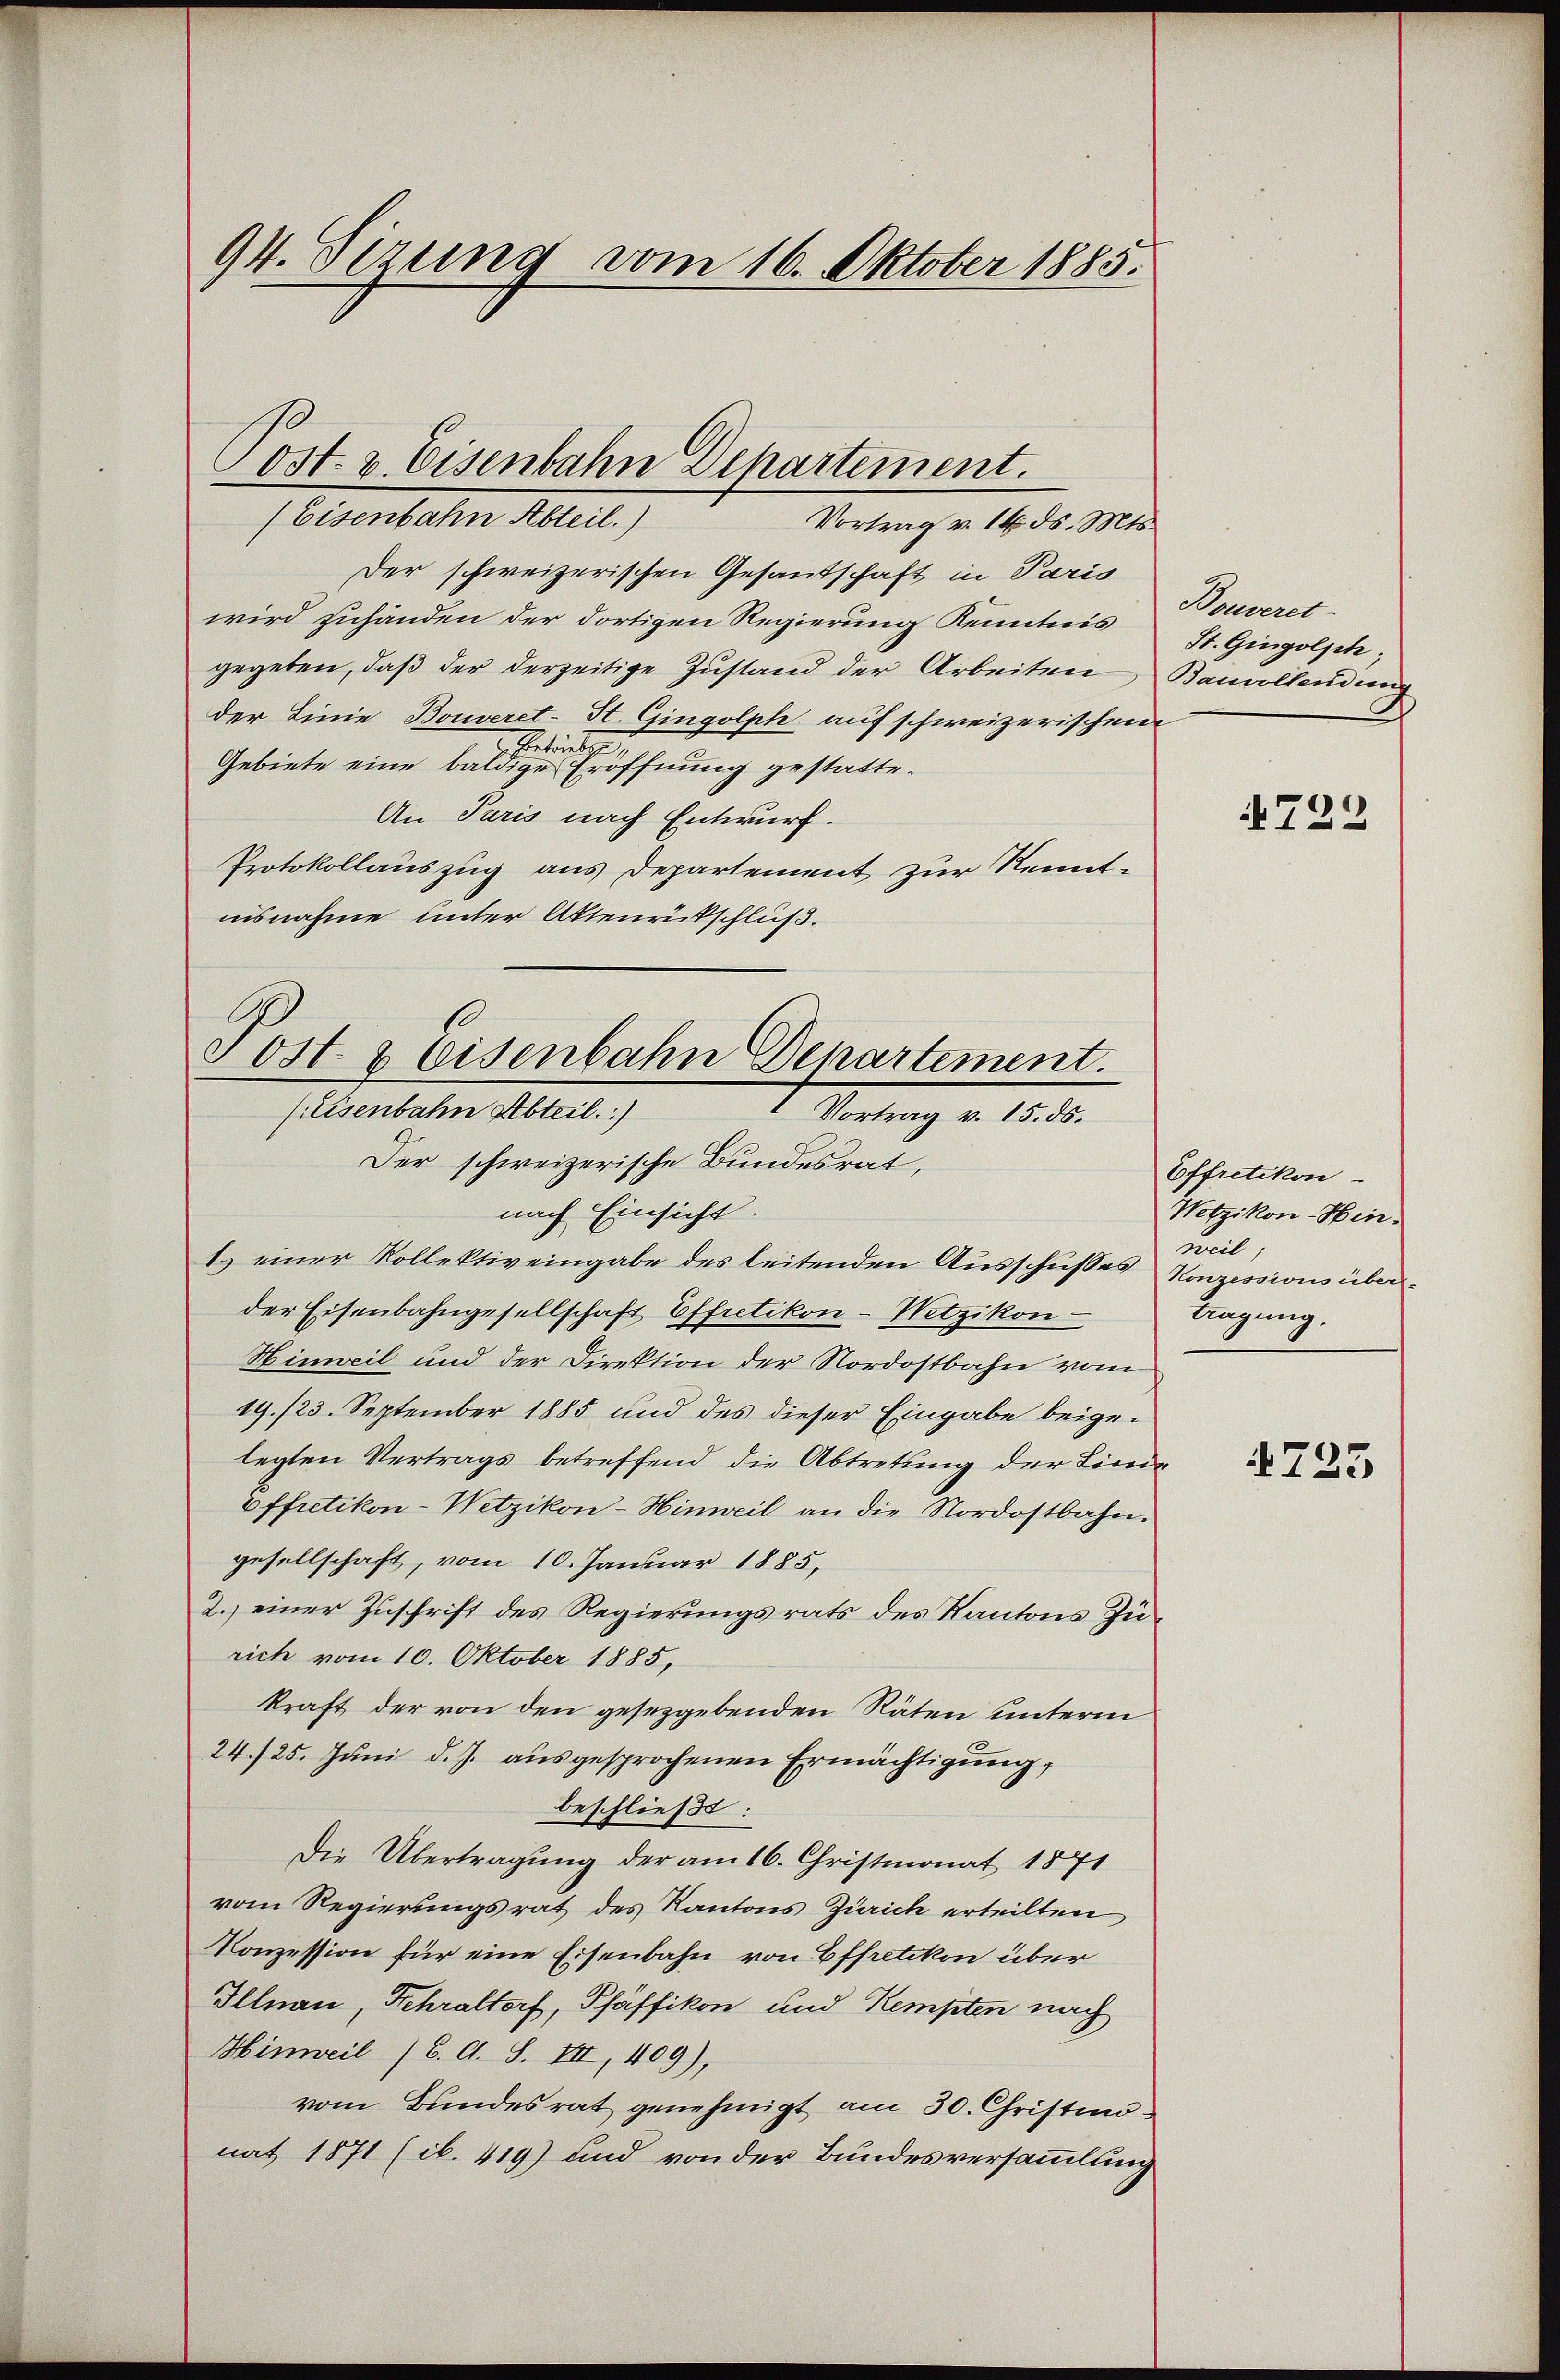
94. Sizung vom 16. Oktober 1885.

(Eisenbahn Abteil.)
Vortrag v. 14. ds. Mts.
Der schweizerischen Gesandschaft in Paris
wird zuhänden der dortigen Regierung Kenntnis Bouveret-
gegeben, daß der derzeitige Zustand der Arbeiten Bauvollendung
der Linie, Bouveret-St. Gingolph auf schweizerischen
etirte
Gebiete eine baldige Eröffnung gestatte¬
An Paris nach Entwurf.
Protokollauszug aus Departement zur Kenntnisnahme unter Aktenrütschluß.

Post & Eisenbahn Departement.

ost- & Eisenbahn Departement.
(Eisenbahn Abteil)
Vortrag v. 15. ds.
Der schweizerische Bundesrat,
nach Einsicht.

1.) einer Kollektiv eingabe des leitenden Ausschusses Konzessions überder Eisenbahngesellschaft Effretikon - Wetzikon
Hinweil und der Direktion der Nordostbahn vom
19./23. September 1885 und des dieser Eingabe beigelegten Vertrags betreffend die Abtretung der Lini¬
Effretikon-Wetzikon-Hinweil an die Nordostbahn.
gesellschaft, vom 10. Januar 1885,
2.) einer Zuschrift des Regierungsrats des Kantons Zürich vom 10. Oktober 1885,
kraft der von den gesetzgebenden Räten unterm
24./25. Juni d. J. ausgesprochenen Ermächtigung,
beschließt:
Die Übertragung der am 16. Christmonat 1871
vom Regierungsrat des Kantons Zürich erteilten
Konzession für eine Eisenbahn von Effretikon über
Illnau, Fehraltorf, Pfäffikon und Kempten nach
Hinweil (CG. A. S. VII, 409),
vom Bundesrat genehmigt am 30. Christmo
nat 1871 (b. 419) und von der Bundesversammlung

St. Gingolich;

722

Effretikon
Wetzikon-Hinweil;
tagung.

725